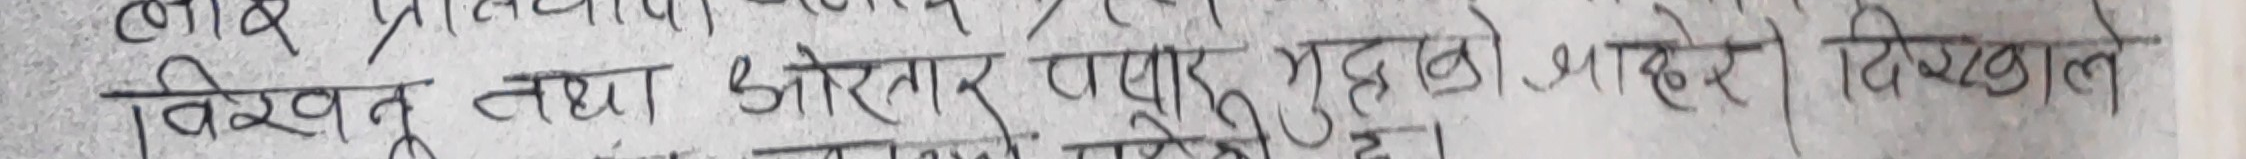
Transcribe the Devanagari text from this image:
विख्यात तथा ओरतार पसार गरेको भाहेरे दिखाले